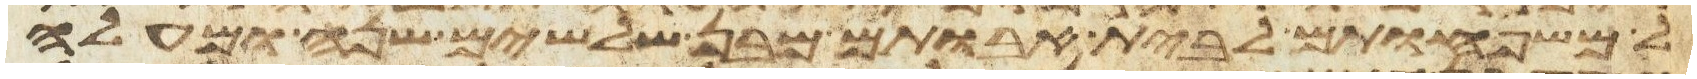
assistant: למשפחותם לבית אבותם מבן שלשים שנה ומעלה